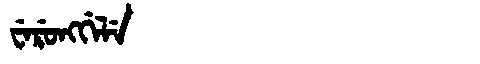
Manchu: ᠸᡝᡵᡠᠩᡤᡝᠯᡝ
Romanization: WERUNGGELE